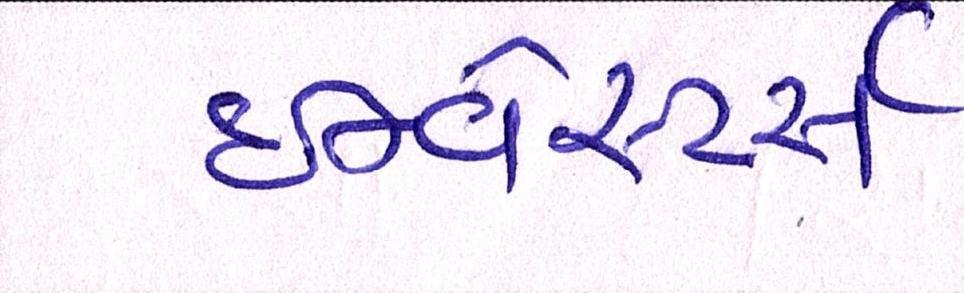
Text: ઇન્વેસ્ટર્સ